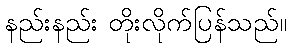
နည်းနည်း တိုးလိုက်ပြန်သည်။